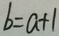
b = a + 1